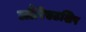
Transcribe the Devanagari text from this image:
लौरिएटशिप